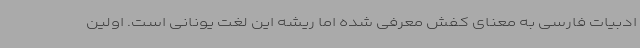
ادبیات فارسی به معنای کفش معرفی شده اما ریشه این لغت یونانی است. اولین